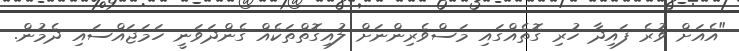
"އެއަށް ވުރެ ފައިދާ ހުރި ގޮތެއްގައި މަސްވެރިންނަށް ލުއިގޮތްތަކެއް ގެންދަވަނީ ހަމަޖައްސައި ދެމުން.